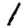
Digit: 1